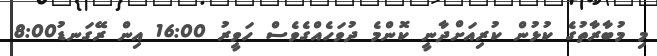
މި މުބާރާތުގެ ކުޅުން ކުރިއަށްދާނީ ކޮންމެ ދުވަހެއްގެވެސް ހަވީރު 16:00 އިން ރޭގަނޑު8:00